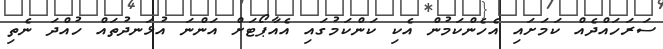
ސަރަހައްދެއް ކަމަށައި އެހެންކަމުން އެކި ކަންކަމުގައި އެއާޕޯޓަށް އަންނަ އުޅަނދުތައް ހުއްދަ ނެތި